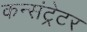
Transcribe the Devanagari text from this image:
कन्संट्रेटर